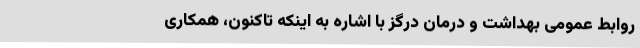
روابط عمومی بهداشت و درمان درگز با اشاره به اینکه تاکنون، همکاری